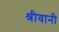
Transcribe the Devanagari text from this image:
श्रीवानी